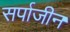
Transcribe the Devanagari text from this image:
सर्पाजीन